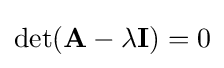
\det(\mathbf {A} -\lambda \mathbf {I} )=0